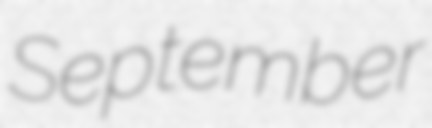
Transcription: September